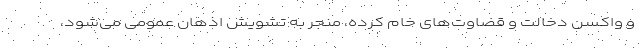
و واکسن دخالت و قضاوت‌های خام کرده، منجر به تشویش اذهان عمومی می‌شود،